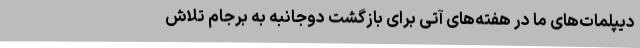
دیپلمات‌های ما در هفته‌های آتی برای بازگشت دوجانبه به برجام تلاش